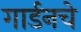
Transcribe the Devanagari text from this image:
गार्डनचे